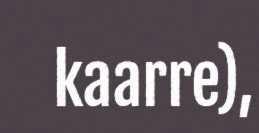
kaarre),